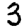
Digit: 3